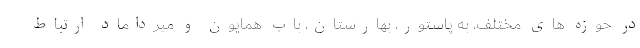
در حوزه های مختلف، به پاستور، بهارستان، بابِ ‌همایون و میرداماد ارتباط